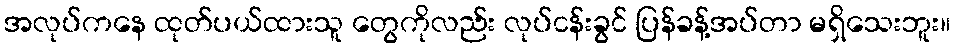
အလုပ်ကနေ ထုတ်ပယ်ထားသူ တွေကိုလည်း လုပ်ငန်းခွင် ပြန်ခန့်အပ်တာ မရှိသေးဘူး။